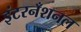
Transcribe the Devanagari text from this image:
इंटरनँशनल